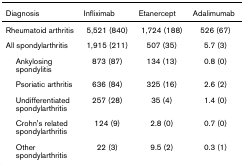
| Diagnosis | Infliximab | Etanercept | Adalimumab |
 | --- | --- | --- | --- |
 | Rheumatoid arthritis | 5,521 (840) | 1,724 (188) | 526 (67) |
 | All spondylarthritis | 1,915 (211) | 507 (35) | 5.7 (3) |
 | Ankylosing spondylitis | 873 (87) | 134 (13) | 0.8 (0) |
 | Psoriatic arthritis | 636 (84) | 325 (16) | 2.6 (2) |
 | Undifferentiated spondylarthritis | 257 (28) | 35 (4) | 1.4 (0) |
 | Crohn's related spondylarthritis | 124 (9) | 2.8 (0) | 0.7 (0) |
 | Other spondylarthritis | 22 (3) | 9.5 (2) | 0.3 (1) |